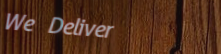
We Deliver